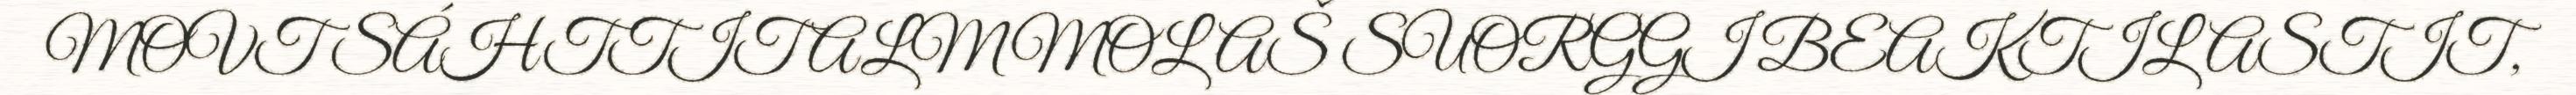
MOVT SÁHTTIT ALMMOLAŠ SUORGGI BEAKTILASTIT,